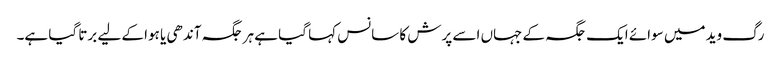
رگ وید میں سوائے ایک جگہ کے جہاں اسے پرش کا سانس کہا گیا ہے ہر جگہ آندھی یا ہوا کے لیے برتا گیا ہے۔